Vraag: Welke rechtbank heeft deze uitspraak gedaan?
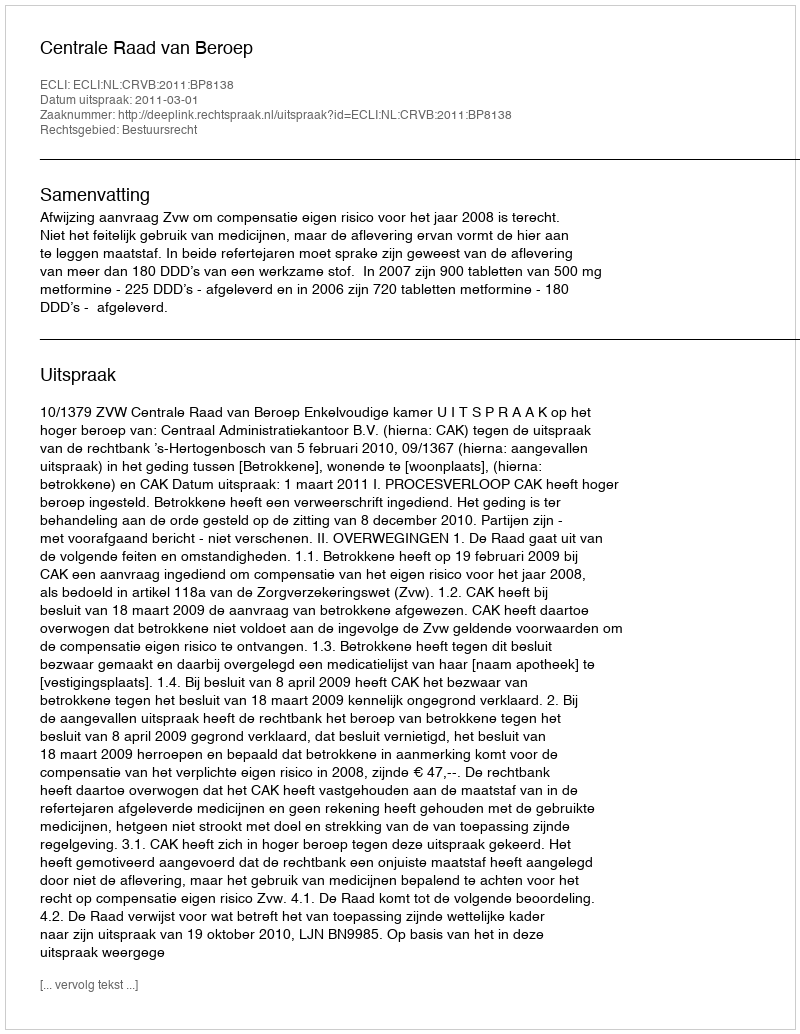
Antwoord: Centrale Raad van Beroep